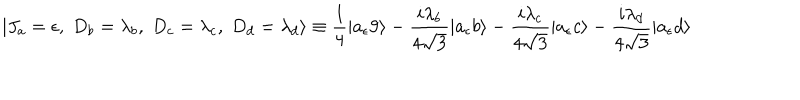
| J _ { a } = \epsilon , \; D _ { b } = \lambda _ { b } , \; D _ { c } = \lambda _ { c } , \; D _ { d } = \lambda _ { d } \rangle \equiv { \frac { 1 } { 4 } } | a _ { \epsilon } 9 \rangle - { \frac { i \lambda _ { b } } { 4 \sqrt { 3 } } } | a _ { \epsilon } b \rangle - { \frac { i \lambda _ { c } } { 4 \sqrt { 3 } } } | a _ { \epsilon } c \rangle - { \frac { i \lambda _ { d } } { 4 \sqrt { 3 } } } | a _ { \epsilon } d \rangle